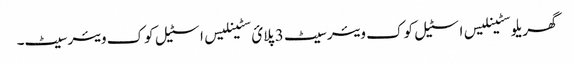
گھریلو سٹینلیس اسٹیل کوک ویئر سیٹ 3 پلائ سٹینلیس اسٹیل کوک ویئر سیٹ۔